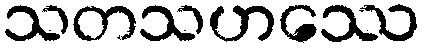
သတသဟဿေ